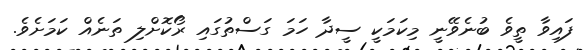
ފައިވާ ތީވެ ބުނެވޭނީ މިކަމަކީ ސީދާ ހަމަ ގަސްތުގައި ރޯކޮށްލި ތަނެއް ކަމަށެވެ.